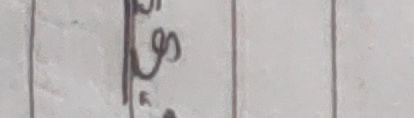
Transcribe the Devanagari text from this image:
प५